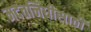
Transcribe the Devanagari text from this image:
मदतनिधीसाठी